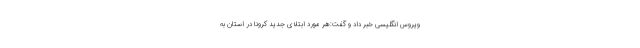
ویروس انگلیسی خبر داد و گفت:هر مورد ابتلای جدید کرونا در استان به